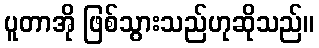
ပူတာအို ဖြစ်သွားသည်ဟုဆိုသည်။